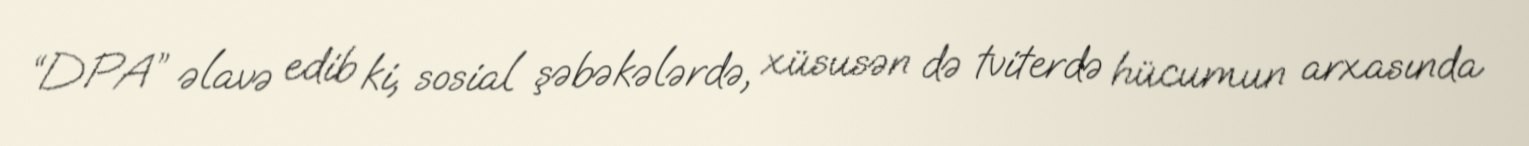
“DPA” əlavə edib ki, sosial şəbəkələrdə, xüsusən də tviterdə hücumun arxasında